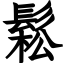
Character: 鬆